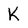
Character: K